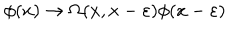
\phi ( x ) \rightarrow \Omega ( x , x - \varepsilon ) \phi ( x - \varepsilon )